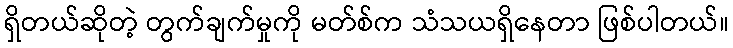
ရှိတယ်ဆိုတဲ့ တွက်ချက်မှုကို မတ်စ်က သံသယရှိနေတာ ဖြစ်ပါတယ်။